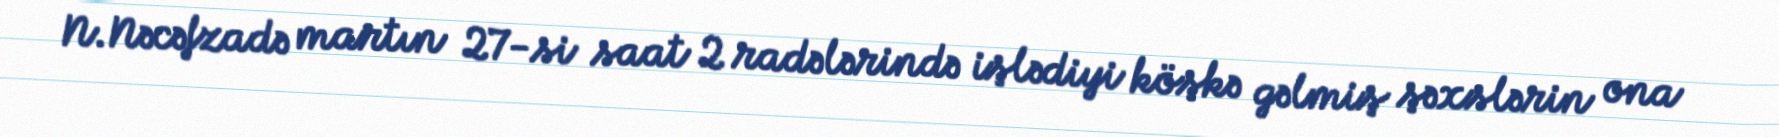
N.Nəcəfzadə martın 27-si saat 2 radələrində işlədiyi köşkə gəlmiş şəxslərin ona